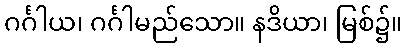
ဂင်္ဂါယ၊ ဂင်္ဂါမည်သော။ နဒိယာ၊ မြစ်၌။